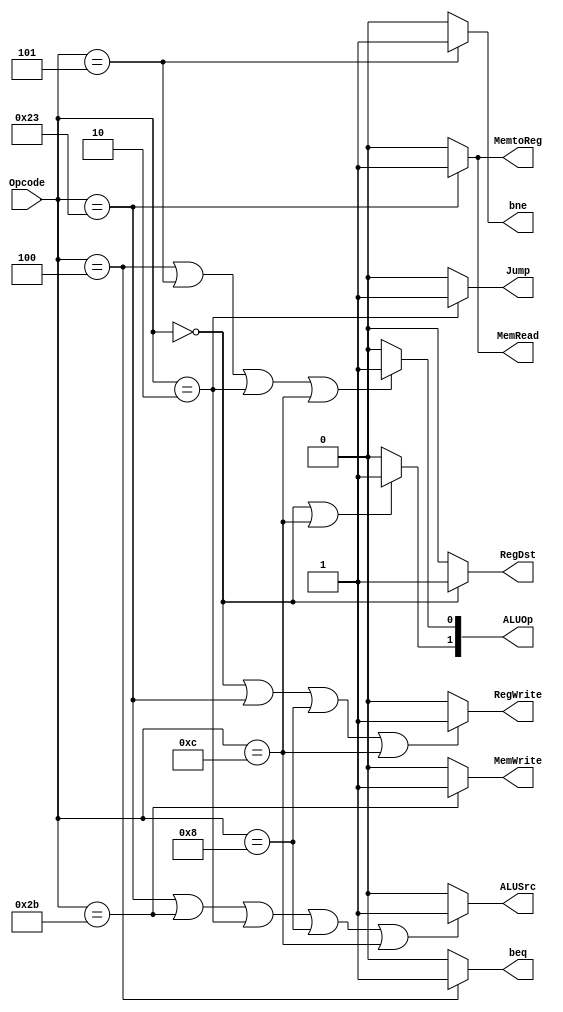
`ifndef MODULE_CONTROL
`define MODULE_CONTROL
`timescale 1ns / 1ps
//////////////////////////////////////////////////////////////////////////////////
// Company: 
// Engineer: 
// 
// Design Name: 
// Module Name: Control
// Project Name: 
// Target Devices: 
// Tool Versions: 
// Description: 
// 
// Dependencies: 
// 
// Revision:
// Revision 0.01 - File Created
// Additional Comments:
// 
//////////////////////////////////////////////////////////////////////////////////


module Control(Opcode, RegDst, Jump, beq, bne, MemRead, MemtoReg, ALUOp, MemWrite, ALUSrc, RegWrite);
	input[5:0] Opcode;
	output RegDst;
	output Jump;
	output beq;
	output bne;
	output MemRead; 
	output MemtoReg;
	output MemWrite; 
	output ALUSrc;
	output RegWrite;
	
	output[1:0] ALUOp;

	assign RegDst = (Opcode == 6'b000000) ? 1:0;
	assign Jump = (Opcode == 6'b000010) ? 1:0;
	assign beq = (Opcode == 6'b000100) ? 1:0;
	assign bne = (Opcode == 6'b000101) ? 1:0;
	assign MemRead = (Opcode == 6'b100011) ? 1:0;
	assign MemtoReg = (Opcode == 6'b100011) ? 1:0;
	assign MemWrite = (Opcode == 6'b101011) ? 1:0;
	assign ALUSrc = (Opcode == 6'b100011 || Opcode == 6'b101011 || Opcode == 6'b000010 || Opcode == 6'b001000 || Opcode == 6'b001100) ? 1:0;
	assign RegWrite = (Opcode == 6'b000000 || Opcode == 6'b100011 || Opcode == 6'b001000 || Opcode == 6'b001100) ? 1:0;
	assign ALUOp[0] = (Opcode == 6'b000100 || Opcode == 6'b000101 || Opcode == 6'b000010 || Opcode == 6'b001100) ? 1:0;
	assign ALUOp[1] = (Opcode == 6'b000000 || Opcode == 6'b001100) ? 1:0;

endmodule

`endif